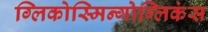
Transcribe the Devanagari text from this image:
ग्लिकोस्मिन्गोग्लिकंस